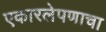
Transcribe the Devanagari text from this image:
एकारलेपणाचा